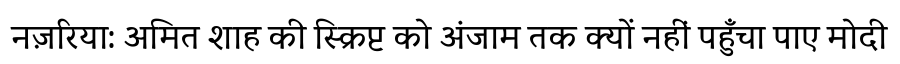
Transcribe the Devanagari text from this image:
नज़रिया: अमित शाह की स्क्रिप्ट को अंजाम तक क्यों नहीं पहुँचा पाए मोदी